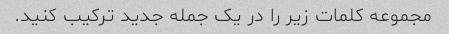
مجموعه کلمات زیر را در یک جمله جدید ترکیب کنید.